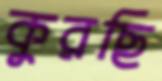
কুরছি